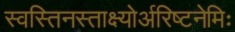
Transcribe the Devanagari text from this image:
स्वस्तिनस्ताक्ष्योर्अरिष्टनेमिः